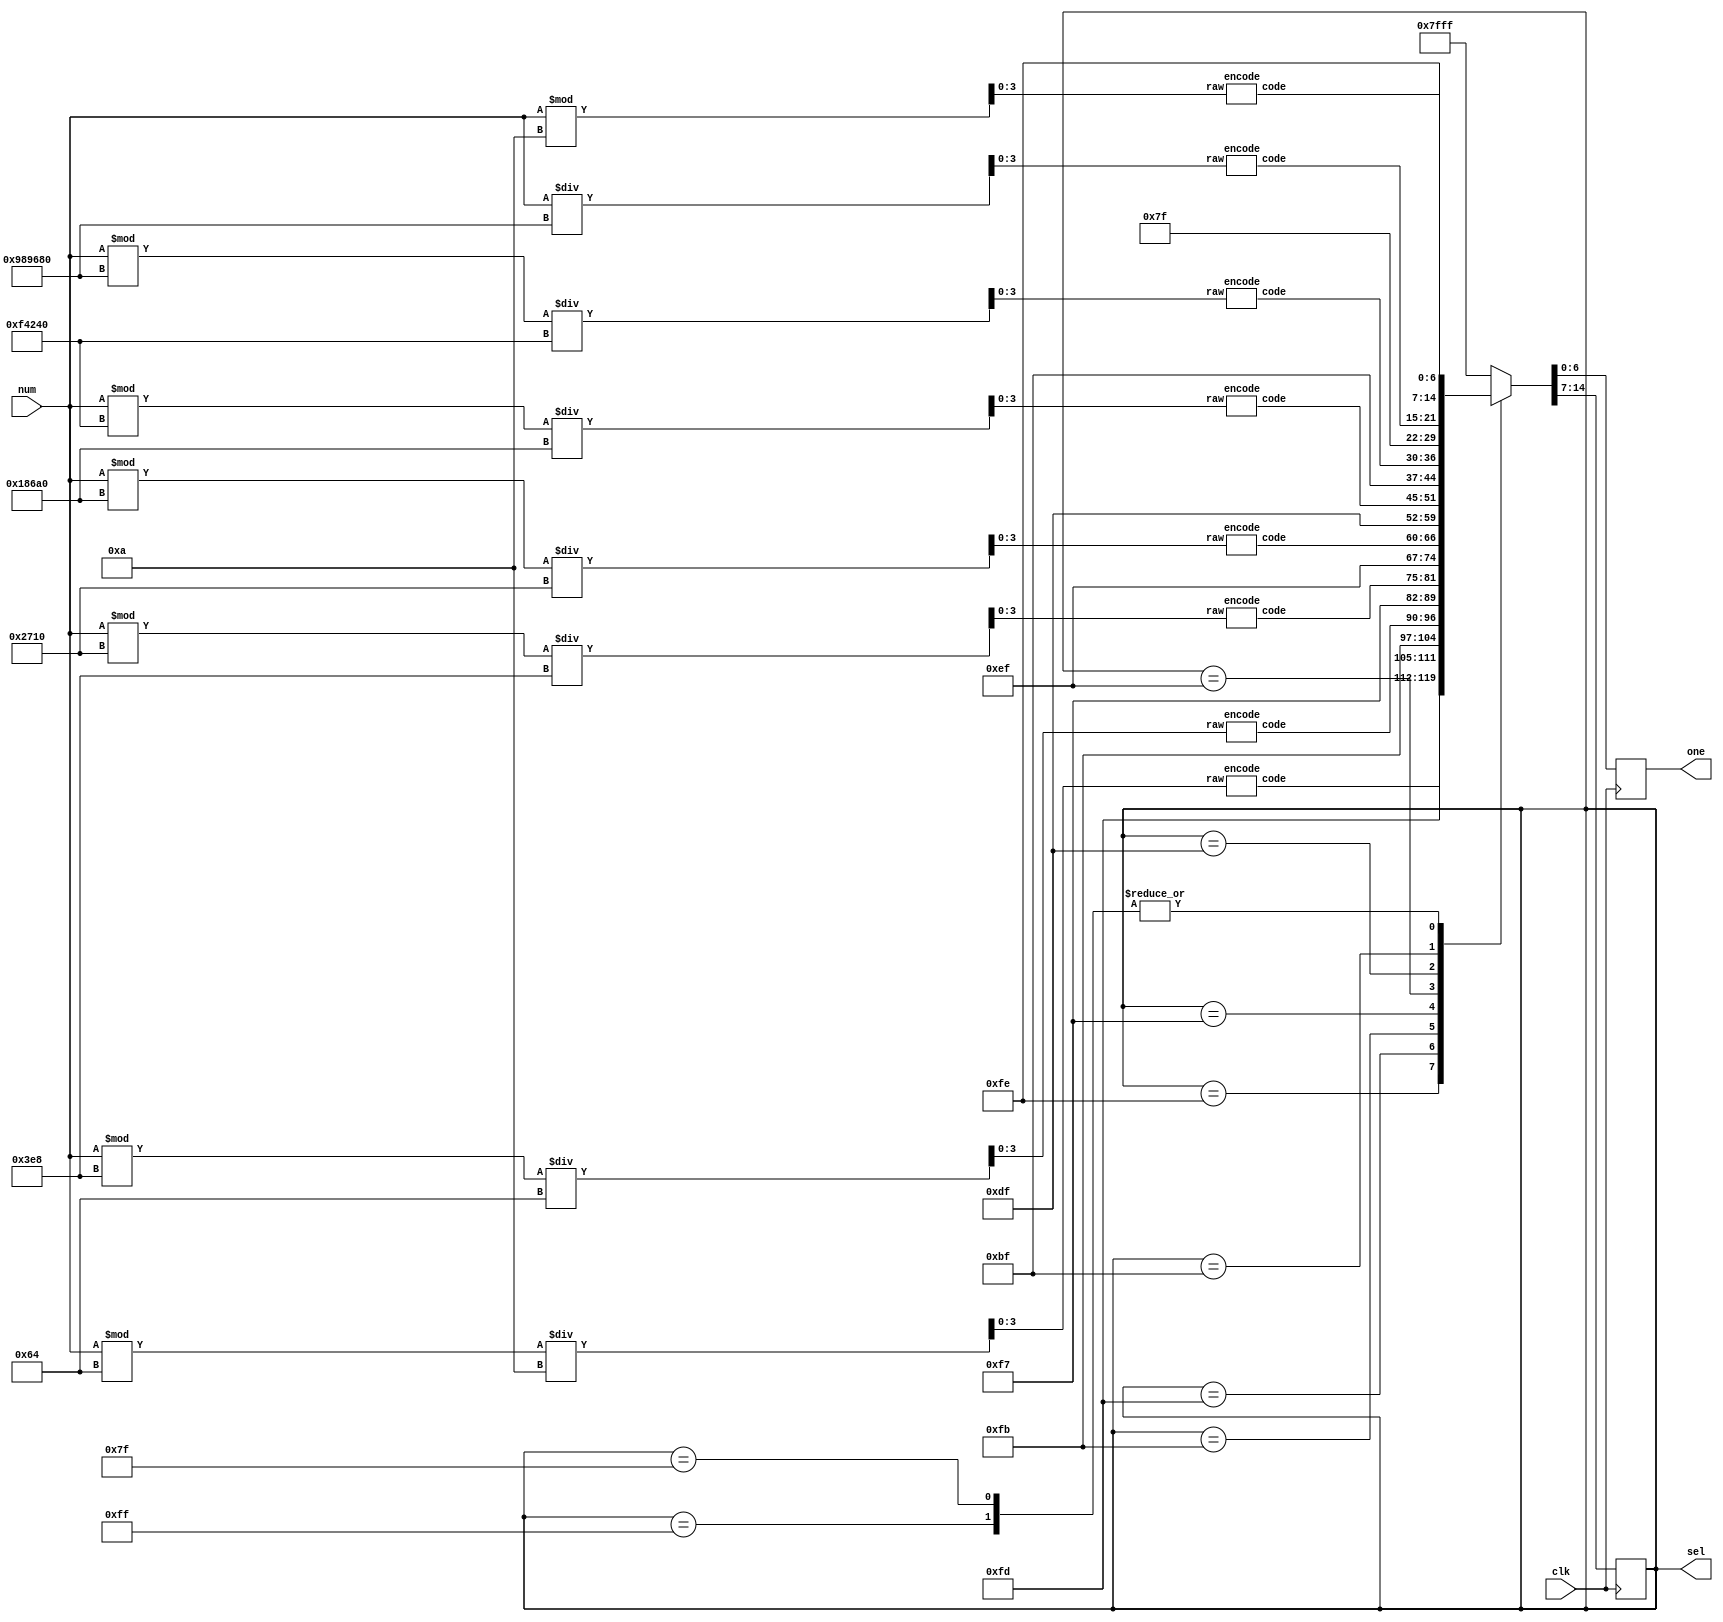
module NUMSHOW
(
	input clk, 
	input[31:0]num, 
	output reg[6:0] one, 
	output reg[7:0] sel
);

	
	parameter NA = ~8'b0;
	parameter N7 = ~8'b10000000;
	parameter N6 = ~8'b1000000;
	parameter N5 = ~8'b100000;
	parameter N4 = ~8'b10000;
	parameter N3 = ~8'b1000;
	parameter N2 = ~8'b100;
	parameter N1 = ~8'b10;
	parameter N0 = ~8'b1;
	parameter S7 = 10000000;
	parameter S6 = 1000000;
	parameter S5 = 100000;
	parameter S4 = 10000;
	parameter S3 = 1000;
	parameter S2 = 100;
	parameter S1 = 10;
	
	
	wire [31:0]i7,i6,i5,i4,i3,i2,i1,i0;
	wire [6:0]o7,o6,o5,o4,o3,o2,o1,o0;
	
	encode e7(i7[3:0], o7);
	encode e6(i6[3:0], o6);
	encode e5(i5[3:0], o5);
	encode e4(i4[3:0], o4);
	encode e3(i3[3:0], o3);
	encode e2(i2[3:0], o2);
	encode e1(i1[3:0], o1);
	encode e0(i0[3:0], o0);
	
	assign i7 = num / S7;
	assign i6 = num % S7 / S6;
	assign i5 = num % S6 / S5;
	assign i4 = num % S5 / S4;
	assign i3 = num % S4 / S3;
	assign i2 = num % S3 / S2;
	assign i1 = num % S2 / S1;
	assign i0 = num % S1;
	
	always@(posedge clk)
	case(sel)
	NA: {sel,one} <= {N0,o0};
	N0: {sel,one} <= {N1,o1};
	N1: {sel,one} <= {N2,o2};
	N2: {sel,one} <= {N3,o3};
	N3: {sel,one} <= {N4,o4};
	N4: {sel,one} <= {N5,o5};
	N5: {sel,one} <= {N6,o6};
	N6: {sel,one} <= {N7,o7};
	N7: {sel,one} <= {N0,o0};
	default: {sel,one} <= {NA,7'b1111111};
	endcase

endmodule

module encode(raw, code);
	input [3:0] raw;
	output reg [6:0] code;
  /*
	0xc0,0xf9,0xa4,0xb0,//0~3
	0x99,0x92,0x82,0xf8,//4~7
	0x80,0x90,0x88,0x83,//8~b
	0xc6,0xa1,0x86,0x8e //c~f
*/
	always@(raw)
	begin
		case(raw)
			4'd0: code = 7'h40;
			4'd1: code = 7'h79;
			4'd2: code = 7'h24;
			4'd3: code = 7'h30;
			4'd4: code = 7'h19;
			4'd5: code = 7'h12;
			4'd6: code = 7'h02;
			4'd7: code = 7'h78;
			4'd8: code = 7'h00;
			4'd9: code = 7'h10;
			default: code = 7'b1111111;
		endcase
	end

endmodule